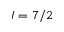
I = 7 / 2